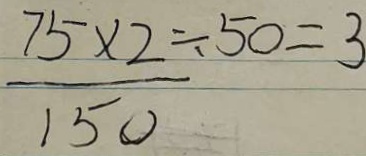
\frac { 7 5 \times 2 \div 5 0 } { 1 5 0 } = 3